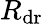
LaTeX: R_{\mathrm{dr}}